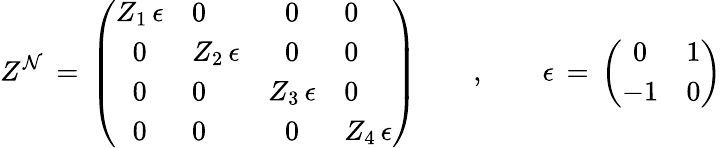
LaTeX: Z^{\cal N}\, =\, \left(\begin{array}{clcl}{{Z_{1}\, \epsilon}}&{{0}}&{{0}}&{{0}}\\ {{0}}&{{Z_{2}\, \epsilon}}&{{0}}&{{0}}\\ {{0}}&{{0}}&{{Z_{3}\, \epsilon}}&{{0}}\\ {{0}}&{{0}}&{{0}}&{{Z_{4}\, \epsilon}}\end{array}\right)\qquad,\qquad\epsilon\, =\, \left(\begin{array}{cl}{{0}}&{{1}}\\ {{-1}}&{{0}}\end{array}\right)